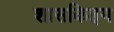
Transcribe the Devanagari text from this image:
शासकिइय